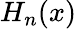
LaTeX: H_{n}(x)